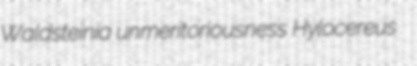
Waldsteinia unmeritoriousness Hylocereus